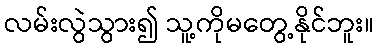
လမ်းလွဲသွား၍ သူ့ကိုမတွေ့နိုင်ဘူး။